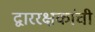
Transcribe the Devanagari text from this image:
द्वाररक्षकांची